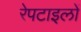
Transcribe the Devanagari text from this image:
रेपटाइलों